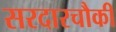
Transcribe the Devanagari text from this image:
सरदारचौकी